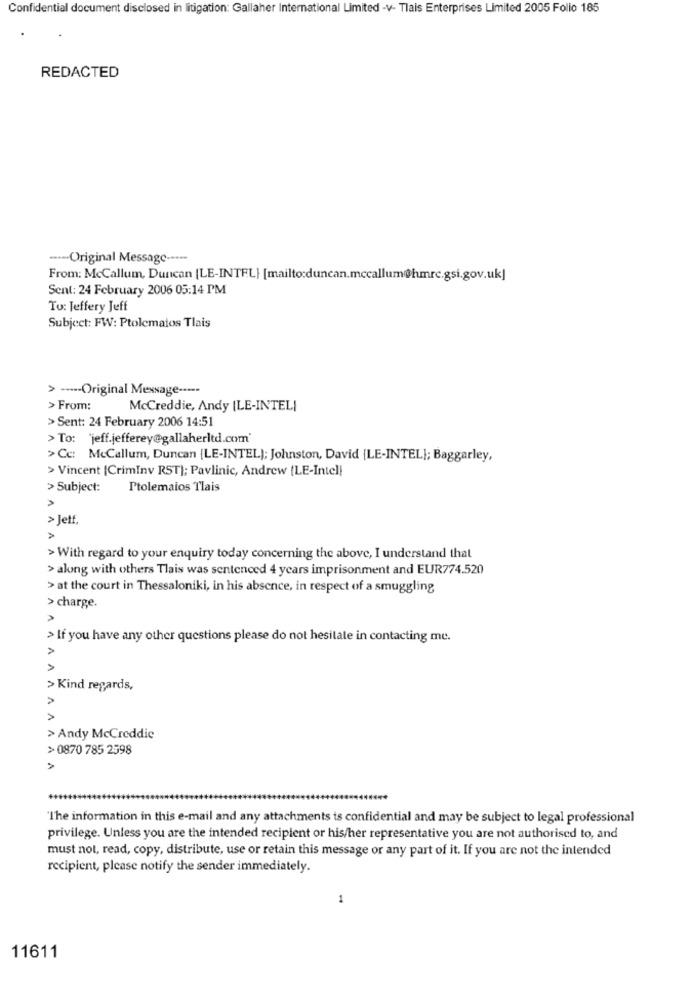
Confidential document disclosed in litigation: Gallaher International Limited -v- Tlais Enterprises Limited 2005 Folio 185
REDACTED
----- Original Message ----
From: McCallum, Duncan [LE-INTEL} [mailto:duncan.mccallum@hmrc.gsi.gov.uk]
Sent: 24 February 2006 05:14 PM
To: Jeffery Jeff
Subject: FW: Ptolemaios Tlais
> ----- Original Message -----
> From:
McCreddie, Andy [LE-INTELI
> Sent: 24 February 2006 14:51
> To: 'jeff.jefferey@gallaherltd.com'
>Cc: McCallum, Duncan [LE-INTEL); Johnston, David [LE-INTEL]; Baggarley,
> Vincent [CrimInv RST]; Pavlinic, Andrew (LE-Intel!
> Subject:
Ptolemaios Tlais
> Jetf.
> With regard to your enquiry today concerning the above, I understand that
> along with others Tlais was sentenced 4 years imprisonment and EUR774.520
> at the court in Thessaloniki, in his absence, in respect of a smuggling
> charge.
> If you have any other questions please do not hesitate in contacting me.
> Kind regards,
A
> Andy McCreddie
> 0870 785 2598
"The information in this e-mail and any attachments is confidential and may be subject to legal professional
privilege. Unless you are the intended recipient or his/her representative you are not authorised to, and
must not, read, copy, distribute, use or retain this message or any part of it. If you are not the intended
recipient, please notify the sender immediately.
1
11611